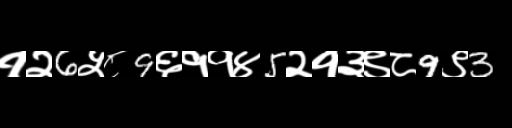
Text: १२6५८9६११४5२१३९८9९3